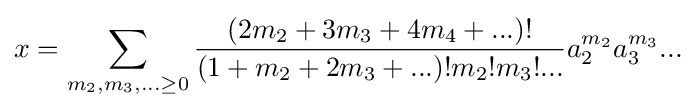
x=\sum _{m_{2},m_{3},...\geq 0}{{\frac {(2m_{2}+3m_{3}+4m_{4}+...)!}{(1+m_{2}+2m_{3}+...)!m_{2}!m_{3}!...}}a_{2}^{m_{2}}a_{3}^{m_{3}}...}